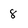
Character: 8